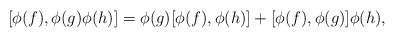
\begin{align*}[\phi(f), \phi(g) \phi(h)] = \phi(g)[\phi(f), \phi(h)]+ [\phi(f), \phi(g)] \phi(h) ,\end{align*}